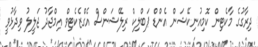
ދިރާގުގެ މާކެޓިން ކޮމިއުނިކޭޝަން އެންޑް ޕަބްލިކް ރިލޭޝަންސް އެގްޒެކެޓިވް އިމްޖާދު ޖަލީލު ވިދާޅުވީ